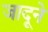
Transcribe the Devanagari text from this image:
जादूने